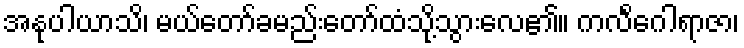
အနုပါယာသိ၊ မယ်တော်ခမည်းတော်ထံသို့သွားလေ၏။ ကလိင်္ဂေါရာဇာ၊